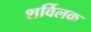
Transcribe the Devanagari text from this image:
शर्विलक